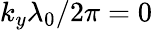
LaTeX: k_{y}\lambda_{0}/2\pi=0